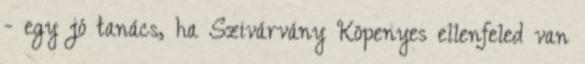
- egy jó tanács, ha Szivárvány Köpenyes ellenfeled van